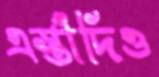
এস্তাঁদিও